Mental hospitals Bombay report 1929-33 - 1929-1933
Year: 1929
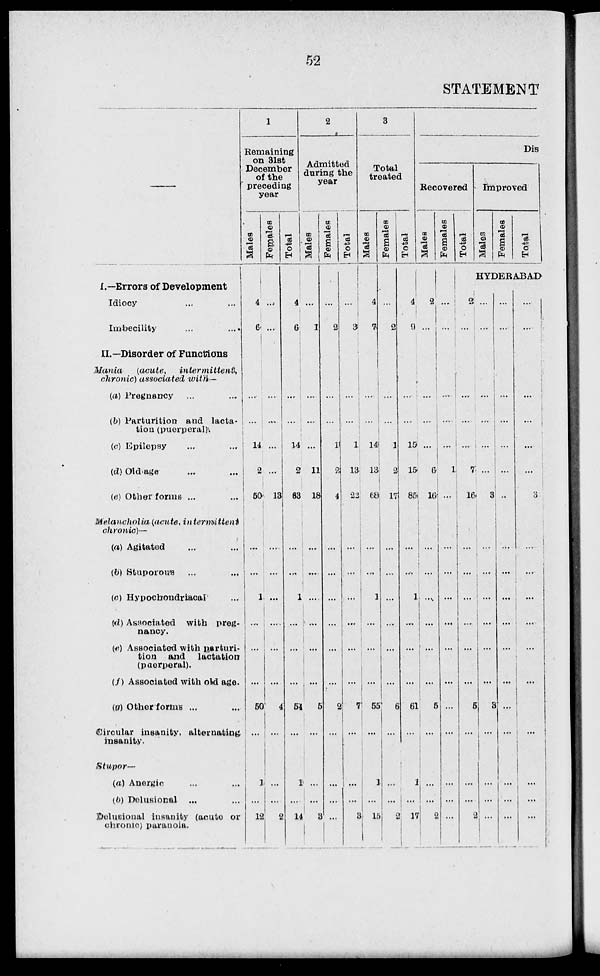
52
STATEMENT
—
I.—Errors of Development
Idiocy ... ...
Imbecility ... ...
II.—Disorder of Functions
Mania
(acute,
intermittent,
chronic) associated
with—
(a) Pregnancy ... ...
(b) Parturition and lacta
tion (puerperal)
(c) Epilepsy ... ...
(d) Old-age
(e) Other forms ...
Melancholia
(acute, intermittent
chronic)—
(a) Agitated ... ...
(to) Stuporous ... ...
(a) Hypochondriacal ...
(d) Associated
with preg-
nancy.
(e) Associated with parturi-
tion
and
lactation
(puerperal).
(f) Associated with old age.
(a) Other forms ...
Circular insanity, alternating
insanity.
Stupor—
(a) Anergic ... ...
(b) Delusional ... ...
Delusional insanity (acute or
chronic) paranoia.
1
Remaining
on 31st
December
of the
preceding
year
Males
4
6
...
...
14
2
50
...
...
1
...
...
...
50
...
1
...
12
Females
...
...
...
...
...
...
13
...
...
...
...
...
...
4
...
...
...
2
Total
4
6
...
...
14
2
63
...
...
1
...
...
...
54
...
1
...
14
2
Admitted
during the
year
Males
...
1
...
...
...
11
18
...
...
...
...
...
5
...
...
...
3
Females
...
2
...
...
1
2
4
...
...
...
...
...
...
2
...
...
...
...
Total
...
3
...
...
1
13
22
...
...
...
...
...
...
7
...
...
...
3
3
Total
treated
Males
4
7
...
...
14
13
68
...
...
1
...
...
55
...
1
...
15
Females
...
2
...
...
1
2
17
...
...
...
...
...
...
6
...
...
...
2
Total
4
9
...
...
15
15
85
...
...
1
...
...
...
61
...
1
...
17
Dis
Recovered
Males
2
...
...
....
...
6
16
...
...
...
...
...
...
5
...
...
...
2
Females
...
...
...
...
...
1
...
...
...
...
...
...
...
...
...
...
...
...
Total
Improved
Males
Females
Total
HYDERABAD
2
...
...
...
....
7
16
...
...
...
...
...
...
5
...
...
...
2
...
...
...
...
...
...
3
...
...
...
...
...
...
3
...
...
...
...
...
...
...
...
...
...
...
...
...
...
...
...
...
...
...
...
...
...
...
...
...
...
...
...
3
... ...
...
...
...
...
3
...
...
...
...